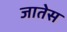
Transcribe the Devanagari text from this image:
जातेस